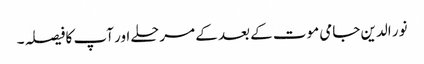
نور الدین جامی موت کے بعد کے مرحلے اور آپ کا فیصلہ ۔